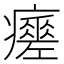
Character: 𤻸